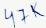
Text: 47K